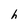
Character: h